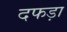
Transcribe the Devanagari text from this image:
दफड़ा